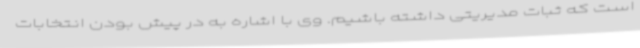
است که ثبات مدیریتی داشته باشیم. وی با اشاره به در پیش بودن انتخابات